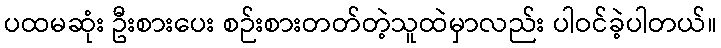
ပထမဆုံး ဦးစားပေး စဉ်းစားတတ်တဲ့သူထဲမှာလည်း ပါဝင်ခဲ့ပါတယ်။